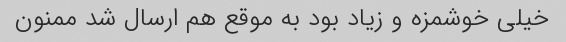
خیلى خوشمزه و زیاد بود به موقع هم ارسال شد ممنون